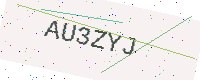
Text: AU3ZYJ